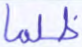
ظلما